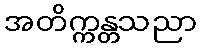
အတိက္ကန္တသညာ